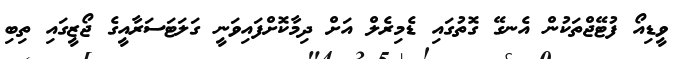
ވީޑިއޯ ފުޓޭޖްތަކުން އެނގޭ ގޮތުގައި ޑެމިރެލް އަށް ދިމާކޮށްފައިވަނީ ގަލަޓަސަރާއީގެ ޖޯޒީގައި ތިބި